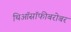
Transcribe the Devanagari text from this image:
थिऑसॉफीबरोबर